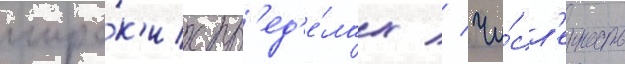
широ́к'их пр'ед'е́лах // Чи́сл'енность